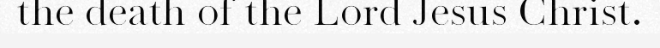
the death of the Lord Jesus Christ.